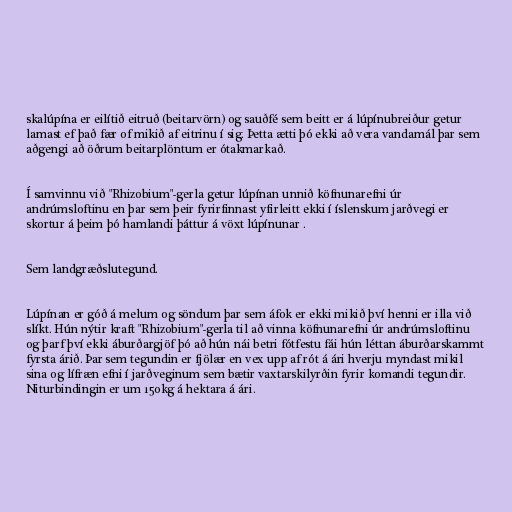
skalúpína er eilítið eitruð (beitarvörn) og sauðfé sem beitt er á lúpínubreiður getur
lamast ef það fær of mikið af eitrinu í sig. Þetta ætti þó ekki að vera vandamál þar sem
aðgengi að öðrum beitarplöntum er ótakmarkað.

Í samvinnu við "Rhizobium"-gerla getur lúpínan unnið köfnunarefni úr
andrúmsloftinu en þar sem þeir fyrirfinnast yfirleitt ekki í íslenskum jarðvegi er
skortur á þeim þó hamlandi þáttur á vöxt lúpínunar .

Sem landgræðslutegund.

Lúpínan er góð á melum og söndum þar sem áfok er ekki mikið því henni er illa við
slíkt. Hún nýtir kraft "Rhizobium"-gerla til að vinna köfnunarefni úr andrúmsloftinu
og þarf því ekki áburðargjöf þó að hún nái betri fótfestu fái hún léttan áburðarskammt
fyrsta árið. Þar sem tegundin er fjölær en vex upp af rót á ári hverju myndast mikil
sina og lífræn efni í jarðveginum sem bætir vaxtarskilyrðin fyrir komandi tegundir.
Niturbindingin er um 150kg á hektara á ári.